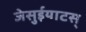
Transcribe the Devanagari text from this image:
जेसुईयाटस्